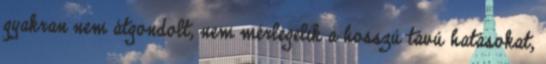
gyakran nem átgondolt, nem mérlegelik a hosszú távú hatásokat,